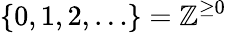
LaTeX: \{ 0,1,2,\dots\} =\mathbb{Z}^{\geq 0}